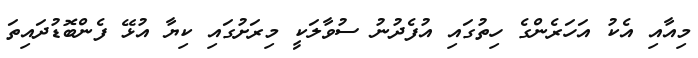
މިއާއި އެކު އަހަރެންގެ ހިތުގައި އުފެދުނު ސުވާލަކީ މިރަށުގައި ކިޔާ އުޅޭ ފެންބޮޑުދައިތަ